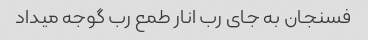
فسنجان به جای رب انار طمع رب گوجه میداد